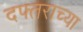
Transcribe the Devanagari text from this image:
दफ्तराच्या